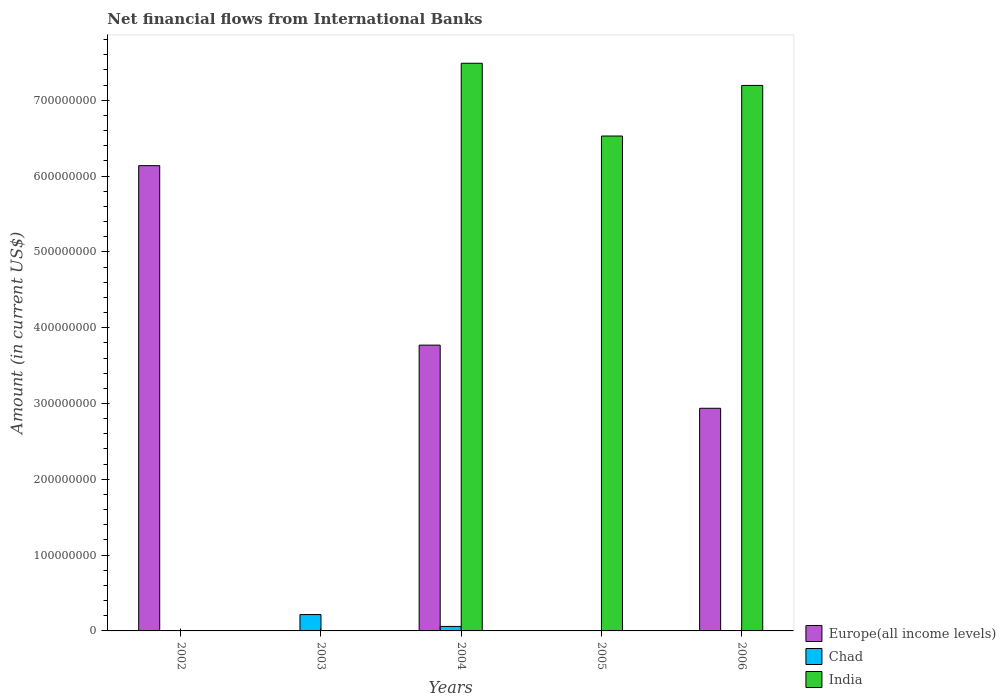
| Years | Europe(all income levels) | Chad | India |
 | --- | --- | --- | --- |
 | 2002 | 6.14e+08 | 2.76e+05 | -2.38e+09 |
 | 2003 | -6.82e+08 | 2.16e+07 | -2.93e+09 |
 | 2004 | 3.77e+08 | 5.92e+06 | 7.49e+08 |
 | 2005 | -4.69e+08 | -1.8e+06 | 6.53e+08 |
 | 2006 | 2.94e+08 | -4.67e+06 | 7.2e+08 |